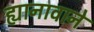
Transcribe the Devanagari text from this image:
ह्यानावाने